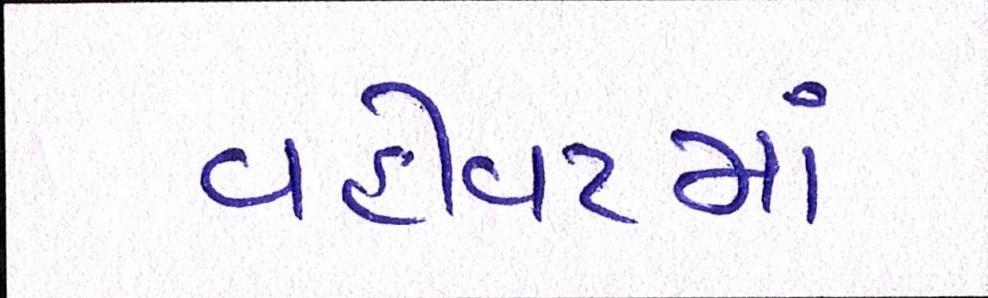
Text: વહીવટમાં